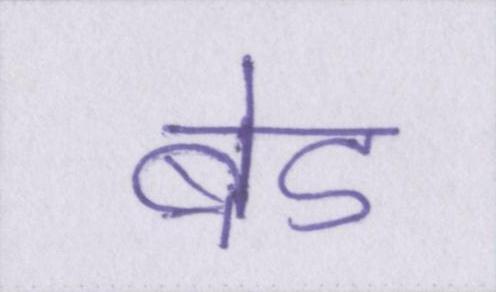
बेड